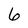
Character: 6